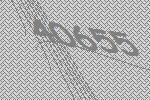
40655